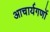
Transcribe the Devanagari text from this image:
आचार्यगणों